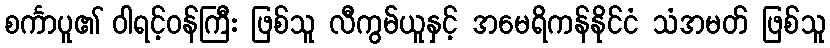
စင်္ကာပူ၏ ဝါရင့်ဝန်ကြီး ဖြစ်သူ လီကွမ်ယူနှင့် အမေရိကန်နိုင်ငံ သံအမတ် ဖြစ်သူ